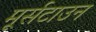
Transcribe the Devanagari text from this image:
मूर्सटाउन